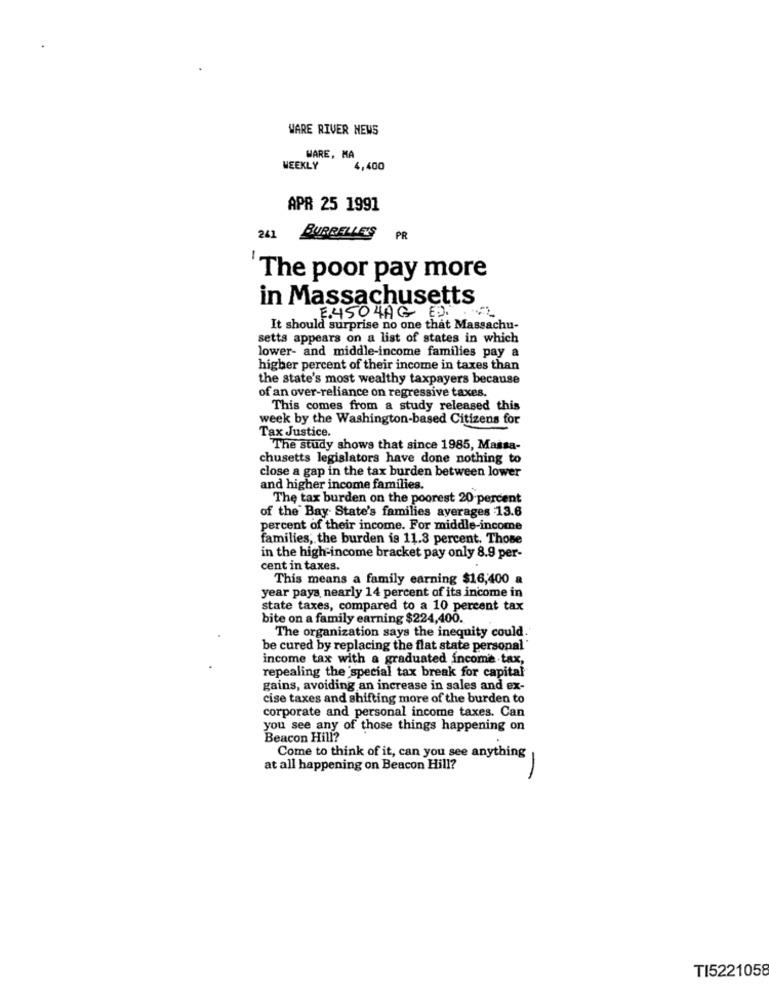
WARE RIVER NEWS
WARE, MA
WEEKLY
4,400
APR 25 1991
241
BUBBELLE'S P
-
The poor pay more
in Massachusetts
E.4504AG D
It should surprise no one that Massachu-
setts appears on a list of states in which
lower- and middle-income families pay a
higher percent of their income in taxes than
the state's most wealthy taxpayers because
of an over-reliance on regressive taxes.
This comes from a study released this
week by the Washington-based Citizens for
Tax Justice.
The study shows that since 1985, Massa-
chusetts legislators have done nothing to
close a gap in the tax burden between lower
and higher income families.
The tax burden on the poorest 20-percent
of the Bay State's families averages 13.6
percent of their income. For middle-income
families, the burden is 11.3 percent. Those
in the high-income bracket pay only 8.9 per-
cent in taxes.
This means a family earning $16,400 a
year pays nearly 14 percent of its income in
state taxes, compared to a 10 percent tax
bite on a family earning $224,400.
The organization says the inequity could.
be cured by replacing the flat state personal'
income tax with a graduated income tax,
repealing the 'special tax break for capital
gains, avoiding an increase in sales and ex-
cise taxes and shifting more of the burden to
corporate and personal income taxes. Can
you see any of those things happening on
Beacon Hill?
Come to think of it, can you see anything
at all happening on Beacon Hill?
TI5221058